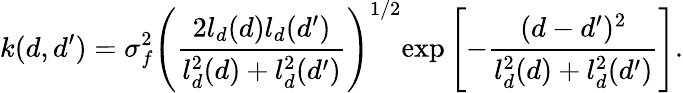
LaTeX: k(d,d^{\prime})=\sigma_{f}^{2}\left(\frac{2l_{d}(d)l_{d}(d^{\prime})}{l_{d}^{2}(d)+l_{d}^{2}(d^{\prime})}\right)^{1/2}\mathrm{exp}\left[-\frac{(d-d^{\prime})^{2}}{l_{d}^{2}(d)+l_{d}^{2}(d^{\prime})}\right].